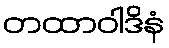
တထာဝါဒိနံ